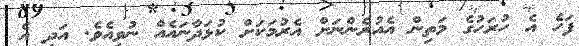
ފަހެ އެ ހުރަހުގެ މަތިން އެއުރެންނަށް އެރުމަކަށް ކުޅަދާނައެއް ނުވިއެވެ. އަދި އެ